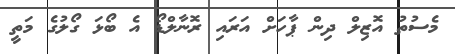
މެސުތު އޮޒިލް ދިން ޕާހަށް އަރައި ރޮނާލްޑޯ އެ ބޯޅަ ގޯލުގެ މަތީ